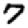
Digit: 7